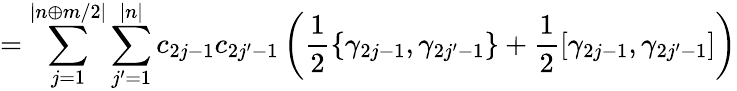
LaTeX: =\sum_{j=1}^{|n\oplus m/2|}\sum_{j^{\prime}=1}^{|n|}c_{2j-1}c_{2j^{\prime}-1}\left(\frac{1}{2}\{ \gamma_{2j-1},\gamma_{2j^{\prime}-1}\} +\frac{1}{2}[\gamma_{2j-1},\gamma_{2j^{\prime}-1}]\right)